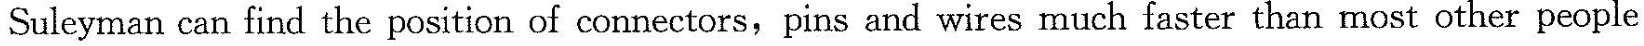
Suleyman can find the position of connectors, pins and wires much faster than most other people